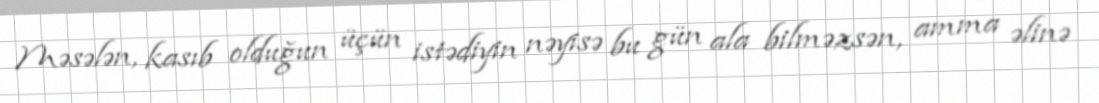
Məsələn, kasıb olduğun üçün istədiyin nəyisə bu gün ala bilməzsən, amma əlinə